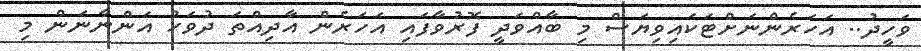
ވަހީދު.. އަހަރެންނަށްޓަކައިވިޔަސް މި ބާއްވަދީ ފޮރުވާފައި އަހަރެން އާދިއްތަ ދުވަހު އަންނާނަން މި